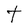
Character: t